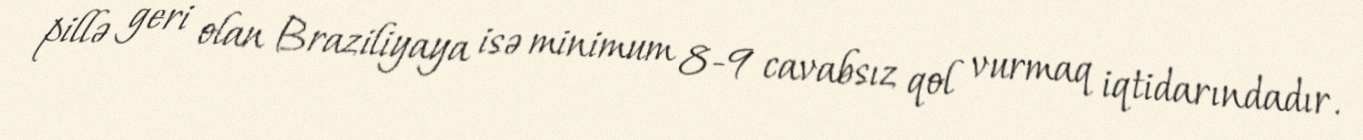
pillə geri olan Braziliyaya isə minimum 8-9 cavabsız qol vurmaq iqtidarındadır.